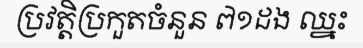
ប្រវត្តិប្រកួតចំនួន ៧១ដង ឈ្នះ